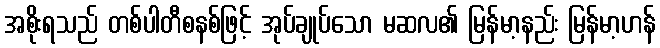
အစိုးရသည် တစ်ပါတီစနစ်ဖြင့် အုပ်ချုပ်သော မဆလ၏ မြန်မာ့နည်း မြန်မာ့ဟန်